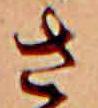
さ